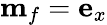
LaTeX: \mathbf{m}_{f}=\mathbf{e}_{x}